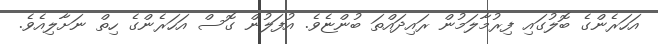
އަހަރެންގެ ބޮލުގައި ފިރުމާލަމުން ރައިދައްތަ ބުންޏެވެ. އުފަލުން ގޮސް އަހަރެންގެ ހިތް ނަށާލިއެވެ.